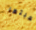
لعبتها